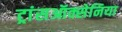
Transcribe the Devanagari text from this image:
ट्रांसऑक्सेनिया